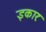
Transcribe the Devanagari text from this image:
इकारः